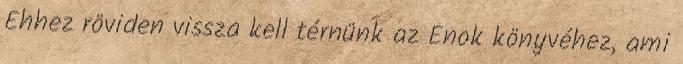
Ehhez röviden vissza kell térnünk az Énok könyvéhez, ami